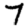
Digit: 7